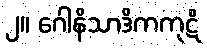
၂။ ဂေါနိသာဒိကကုဋိ